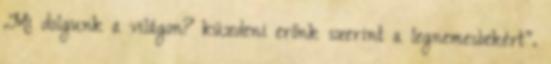
.Mi dolgunk a világon? küzdeni erőnk szerint a legnemesbekért".